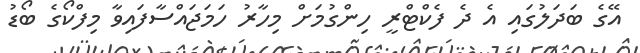
އޭގެ ބަދަލުގައި އެ ދެ ފެކްޓްރީ ހިންގުމަށް މިހާރު ހަމަޖައްސާފައިވާ މިފްކޯގެ ބޯޑު